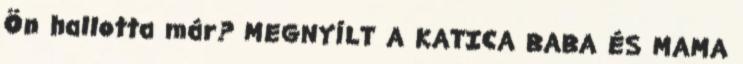
Ön hallotta már? MEGNYÍLT A KATICA BABA ÉS MAMA